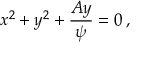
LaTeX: x ^ { 2 } + y ^ { 2 } + { \frac { A y } { \psi } } = 0 \, ,